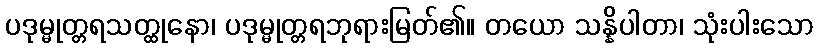
ပဒုမ္မုတ္တရသတ္ထုနော၊ ပဒုမ္မုတ္တရဘုရားမြတ်၏။ တယော သန္နိပါတာ၊ သုံးပါးသော